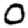
Digit: 0